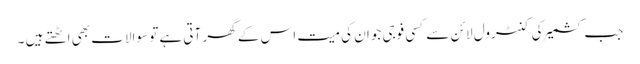
جب کشمیر کی کنٹرول لائن سے کسی فوجی جوان کی میت اس کے گھر آتی ہے تو سوالات بھی اٹھتے ہیں ۔